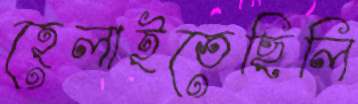
হেলাইতেছিলি